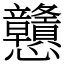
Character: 戇